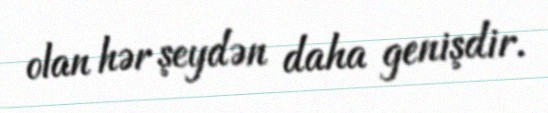
olan hər şeydən daha genişdir.